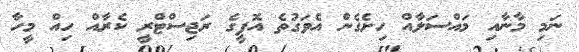
ނަމި މާނާއި މައްސަލާއް ހިށެގެން އެވަގުތެ އޮފީގެ ރަޖިސްޓްރީ ކެރާއް ހިއް މީހާ